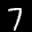
Label: 7